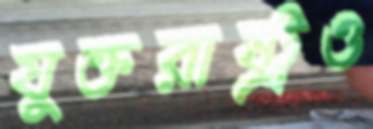
যুক্তরাষ্ট্রও